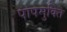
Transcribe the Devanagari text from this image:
पापमुक्ति